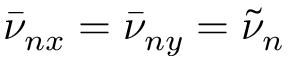
\bar { \nu } _ { n x } = \bar { \nu } _ { n y } = \tilde { \nu } _ { n }